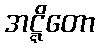
အဋ္ဋိတော